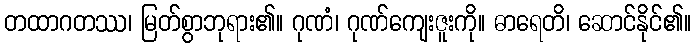
တထာဂတဿ၊ မြတ်စွာဘုရား၏။ ဂုဏံ၊ ဂုဏ်ကျေးဇူးကို။ ဓာရေတိ၊ ဆောင်နိုင်၏။